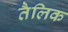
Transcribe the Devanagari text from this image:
तैलिक